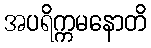
အပရိက္ကမနောတိ